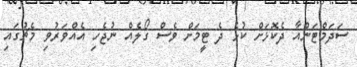
ސަދަމްޓަންއާ ދެކޮޅަށް ކުޅެ ދެ ޓީމަށް ވެސް ގޯލެއް ނުޖެހި އެއްވަރުވި މެޗުގައި